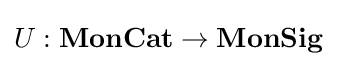
U:\mathbf {MonCat} \to \mathbf {MonSig}